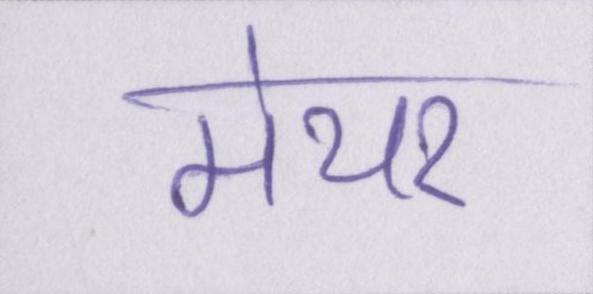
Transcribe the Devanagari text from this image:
मेयर